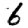
Digit: 6